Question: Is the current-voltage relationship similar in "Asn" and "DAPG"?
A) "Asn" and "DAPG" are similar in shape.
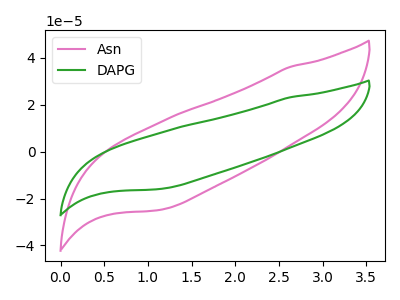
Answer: <think>The pink curve "Asn" has no peaks. The green curve "DAPG" has no peaks.
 Neither "Asn" or "DAPG" have any peaks.</think>
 <answer>A) "Asn" and "DAPG" are similar in shape.</answer>
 <eval>A</eval>